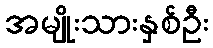
အမျိုးသားနှစ်ဦး